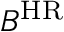
B ^ { \mathrm { H R } }